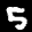
Label: 5